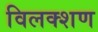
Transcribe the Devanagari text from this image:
विलक्शण